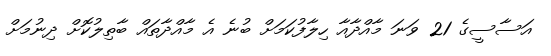
އަސާސީގެ 21 ވަނަ މާއްދާއާ ހިލާފުކަމަށް ބުނެ އެ މާއްދާތައް ބާތިލުކޮށް ދިނުމަށް